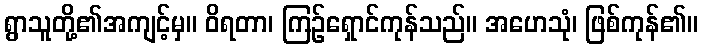
ရွာသူတို့၏အကျင့်မှ။ ဝိရတာ၊ ကြဉ်ရှောင်ကုန်သည်။ အဟေသုံ၊ ဖြစ်ကုန်၏။